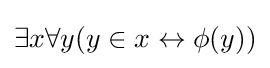
\exists x\forall y(y\in x\leftrightarrow \phi (y))